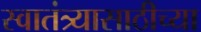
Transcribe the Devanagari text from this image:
स्वातंत्र्यासाठीच्या